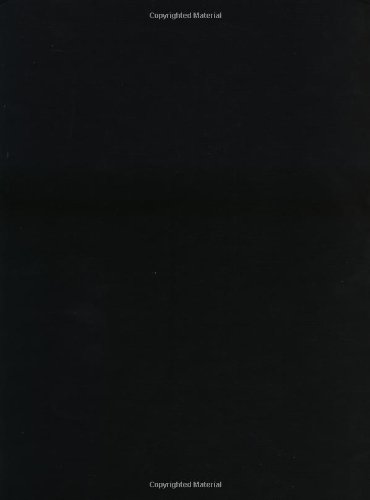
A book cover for The Chemist's Companion: A Handbook of Practical Data, Techniques, and References; Arnold J. Gordon; Science & Math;